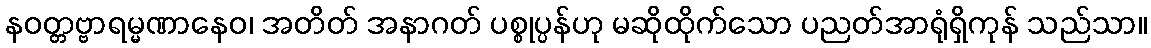
နဝတ္တဗ္ဗာရမ္မဏာနေဝ၊ အတိတ် အနာဂတ် ပစ္စုပ္ပန်ဟု မဆိုထိုက်သော ပညတ်အာရုံရှိကုန် သည်သာ။